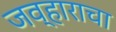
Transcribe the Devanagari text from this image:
जव्हाराचा